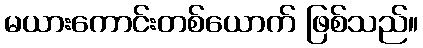
မယားကောင်းတစ်ယောက် ဖြစ်သည်။